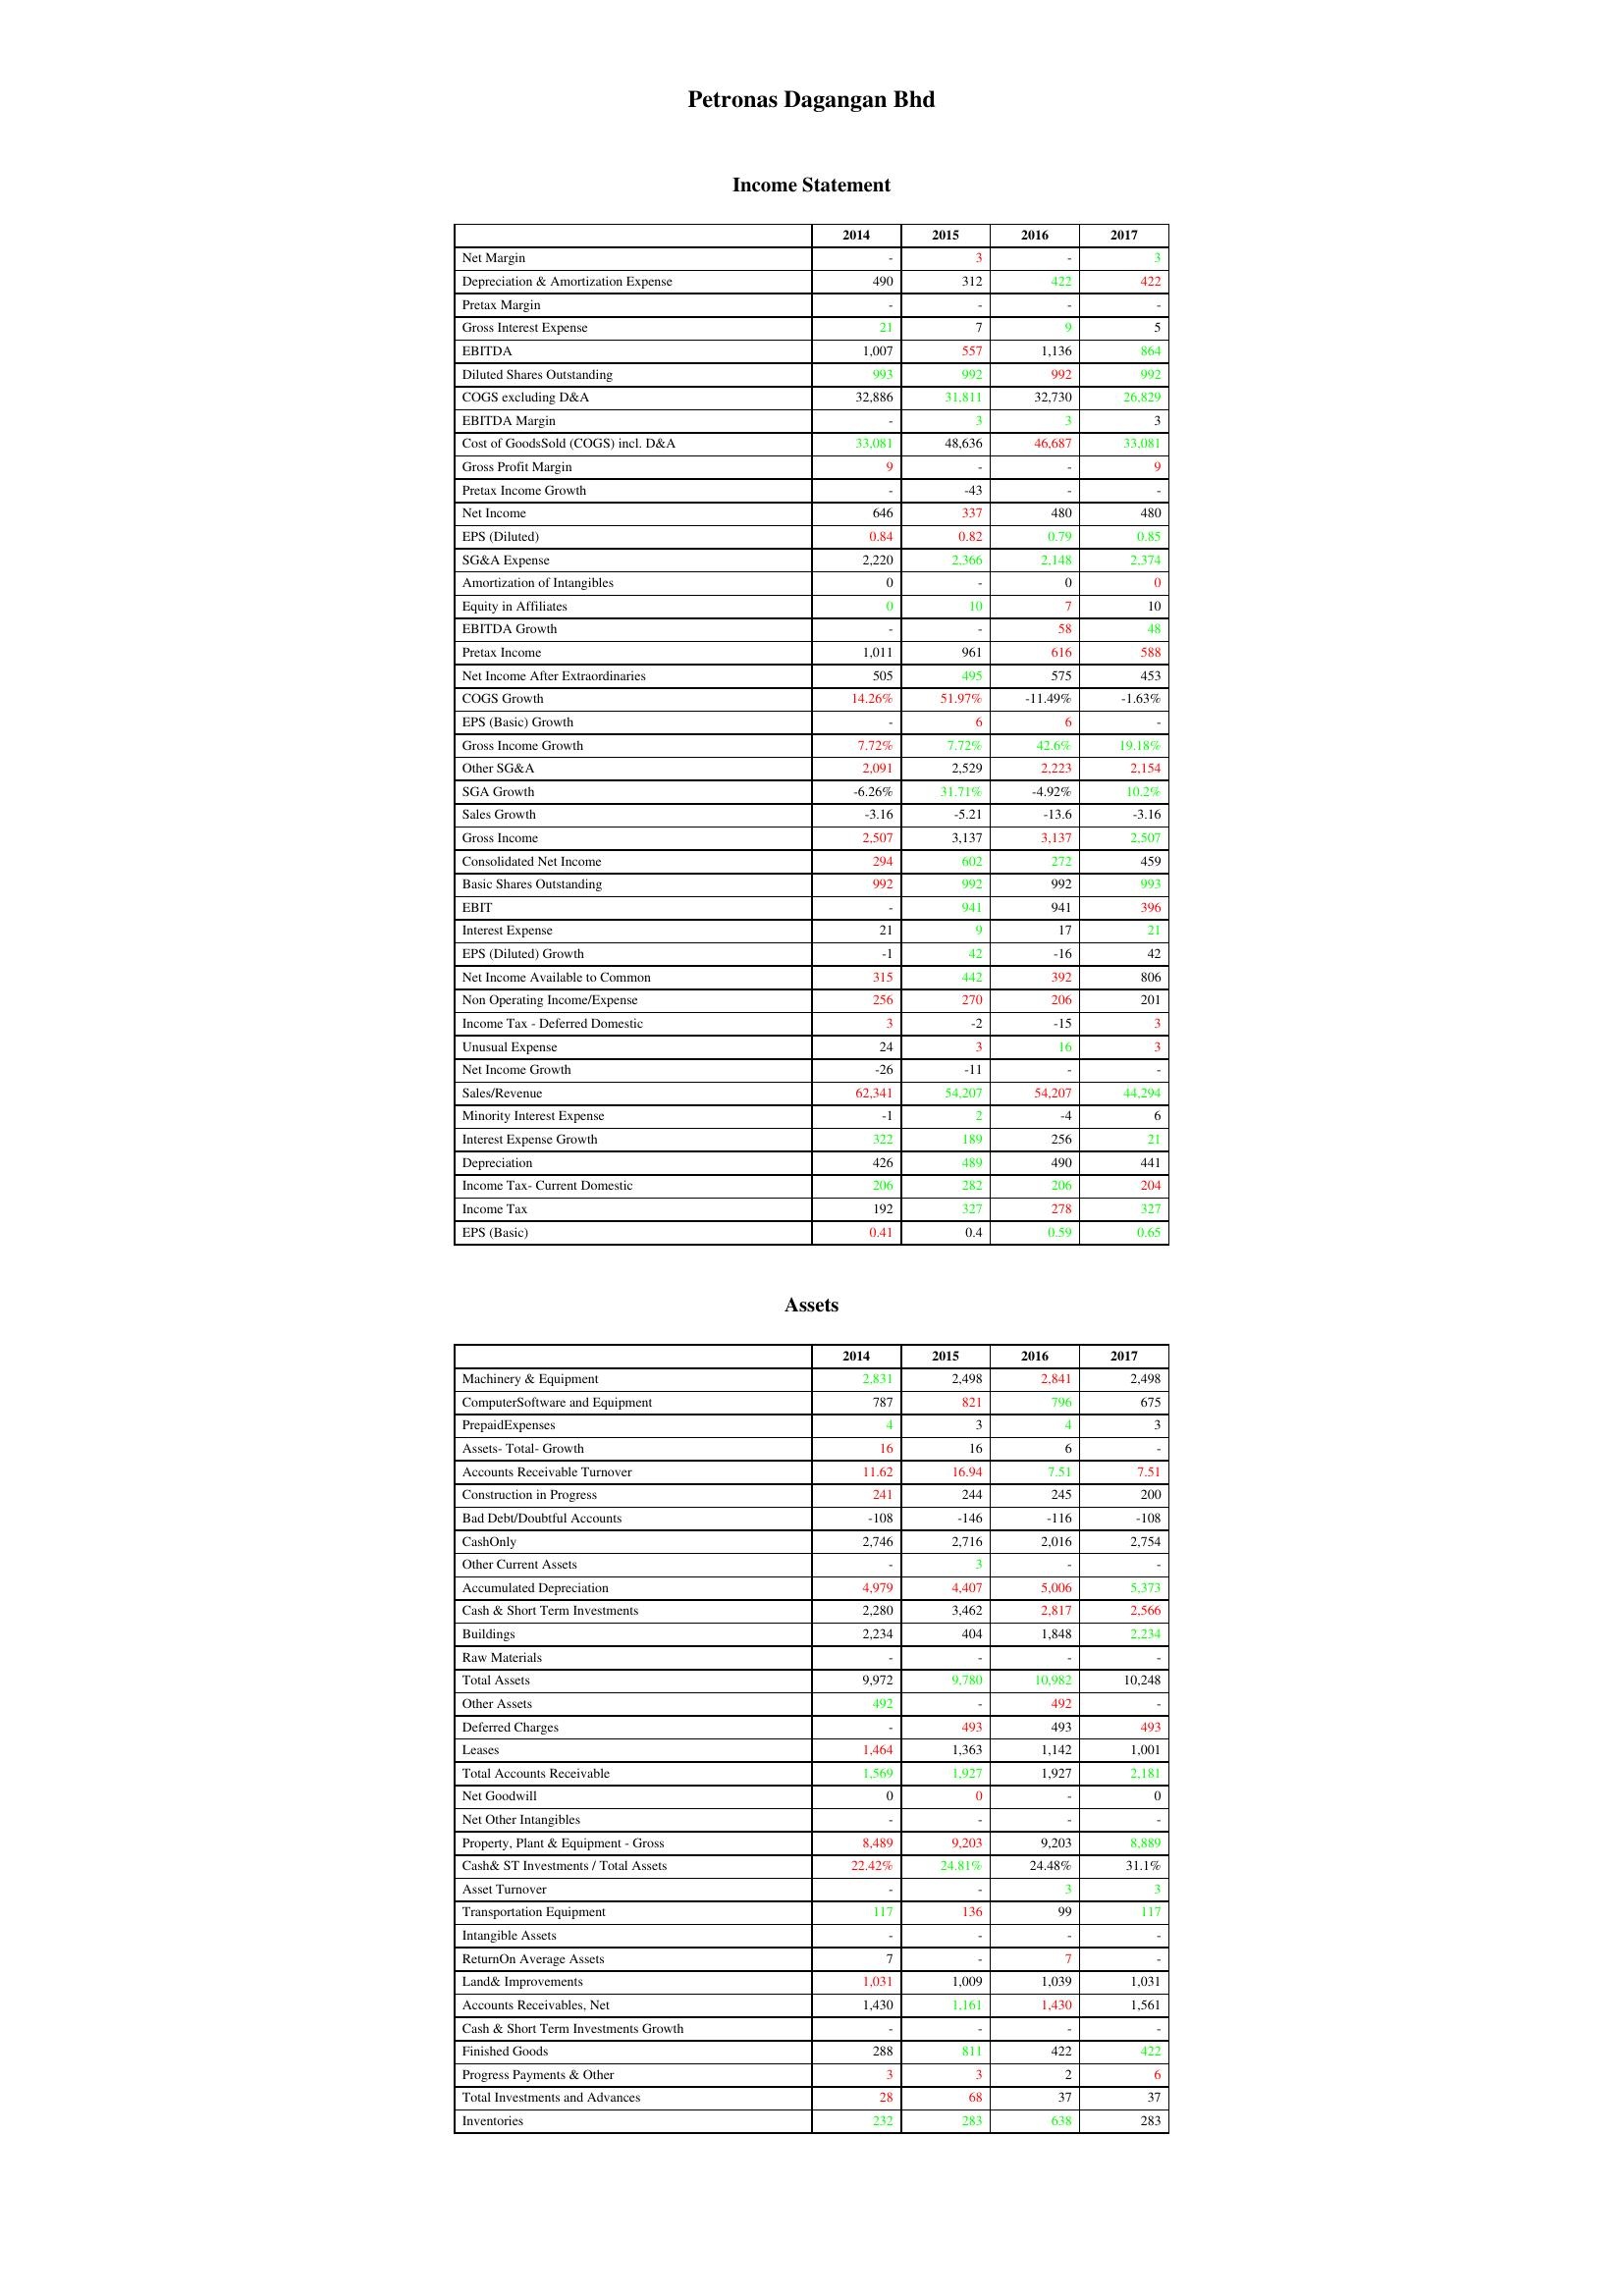
gt_parse: 2014: Income Statement: Net Margin: -
Depreciation & Amortization Expense: 490
Pretax Margin: -
Gross Interest Expense: 21
EBITDA: 1,007
Diluted Shares Outstanding: 993
COGS excluding D&A: 32,886
EBITDA Margin: -
Cost of GoodsSold (COGS) incl. D&A: 33,081
Gross Profit Margin: 9
Pretax Income Growth: -
Net Income: 646
EPS (Diluted): 0.84
SG&A Expense: 2,220
Amortization of Intangibles: 0
Equity in Affiliates: 0
EBITDA Growth: -
Pretax Income: 1,011
Net Income After Extraordinaries: 505
COGS Growth: 14.26%
EPS (Basic) Growth: -
Gross Income Growth: 7.72%
Other SG&A: 2,091
SGA Growth: -6.26%
Sales Growth: -3.16
Gross Income: 2,507
Consolidated Net Income: 294
Basic Shares Outstanding: 992
EBIT: -
Interest Expense: 21
EPS (Diluted) Growth: -1
Net Income Available to Common: 315
Non Operating Income/Expense: 256
Income Tax - Deferred Domestic: 3
Unusual Expense: 24
Net Income Growth: -26
Sales/Revenue: 62,341
Minority Interest Expense: -1
Interest Expense Growth: 322
Depreciation: 426
Income Tax- Current Domestic: 206
Income Tax: 192
EPS (Basic): 0.41
Assets: Machinery & Equipment: 2,831
ComputerSoftware and Equipment: 787
PrepaidExpenses: 4
Assets- Total- Growth: 16
Accounts Receivable Turnover: 11.62
Construction in Progress: 241
Bad Debt/Doubtful Accounts: -108
CashOnly: 2,746
Other Current Assets: -
Accumulated Depreciation: 4,979
Cash & Short Term Investments: 2,280
Buildings: 2,234
Raw Materials: -
Total Assets: 9,972
Other Assets: 492
Deferred Charges: -
Leases: 1,464
Total Accounts Receivable: 1,569
Net Goodwill: 0
Net Other Intangibles: -
Property, Plant & Equipment - Gross : 8,489
Cash& ST Investments / Total Assets: 22.42%
Asset Turnover: -
Transportation Equipment: 117
Intangible Assets: -
ReturnOn Average Assets: 7
Land& Improvements: 1,031
Accounts Receivables, Net: 1,430
Cash & Short Term Investments Growth: -
Finished Goods: 288
Progress Payments & Other: 3
Total Investments and Advances: 28
Inventories: 232
2015: Income Statement: Net Margin: 3
Depreciation & Amortization Expense: 312
Pretax Margin: -
Gross Interest Expense: 7
EBITDA: 557
Diluted Shares Outstanding: 992
COGS excluding D&A: 31,811
EBITDA Margin: 3
Cost of GoodsSold (COGS) incl. D&A: 48,636
Gross Profit Margin: -
Pretax Income Growth: -43
Net Income: 337
EPS (Diluted): 0.82
SG&A Expense: 2,366
Amortization of Intangibles: -
Equity in Affiliates: 10
EBITDA Growth: -
Pretax Income: 961
Net Income After Extraordinaries: 495
COGS Growth: 51.97%
EPS (Basic) Growth: 6
Gross Income Growth: 7.72%
Other SG&A: 2,529
SGA Growth: 31.71%
Sales Growth: -5.21
Gross Income: 3,137
Consolidated Net Income: 602
Basic Shares Outstanding: 992
EBIT: 941
Interest Expense: 9
EPS (Diluted) Growth: 42
Net Income Available to Common: 442
Non Operating Income/Expense: 270
Income Tax - Deferred Domestic: -2
Unusual Expense: 3
Net Income Growth: -11
Sales/Revenue: 54,207
Minority Interest Expense: 2
Interest Expense Growth: 189
Depreciation: 489
Income Tax- Current Domestic: 282
Income Tax: 327
EPS (Basic): 0.4
Assets: Machinery & Equipment: 2,498
ComputerSoftware and Equipment: 821
PrepaidExpenses: 3
Assets- Total- Growth: 16
Accounts Receivable Turnover: 16.94
Construction in Progress: 244
Bad Debt/Doubtful Accounts: -146
CashOnly: 2,716
Other Current Assets: 3
Accumulated Depreciation: 4,407
Cash & Short Term Investments: 3,462
Buildings: 404
Raw Materials: -
Total Assets: 9,780
Other Assets: -
Deferred Charges: 493
Leases: 1,363
Total Accounts Receivable: 1,927
Net Goodwill: 0
Net Other Intangibles: -
Property, Plant & Equipment - Gross : 9,203
Cash& ST Investments / Total Assets: 24.81%
Asset Turnover: -
Transportation Equipment: 136
Intangible Assets: -
ReturnOn Average Assets: -
Land& Improvements: 1,009
Accounts Receivables, Net: 1,161
Cash & Short Term Investments Growth: -
Finished Goods: 811
Progress Payments & Other: 3
Total Investments and Advances: 68
Inventories: 283
2016: Income Statement: Net Margin: -
Depreciation & Amortization Expense: 422
Pretax Margin: -
Gross Interest Expense: 9
EBITDA: 1,136
Diluted Shares Outstanding: 992
COGS excluding D&A: 32,730
EBITDA Margin: 3
Cost of GoodsSold (COGS) incl. D&A: 46,687
Gross Profit Margin: -
Pretax Income Growth: -
Net Income: 480
EPS (Diluted): 0.79
SG&A Expense: 2,148
Amortization of Intangibles: 0
Equity in Affiliates: 7
EBITDA Growth: 58
Pretax Income: 616
Net Income After Extraordinaries: 575
COGS Growth: -11.49%
EPS (Basic) Growth: 6
Gross Income Growth: 42.6%
Other SG&A: 2,223
SGA Growth: -4.92%
Sales Growth: -13.6
Gross Income: 3,137
Consolidated Net Income: 272
Basic Shares Outstanding: 992
EBIT: 941
Interest Expense: 17
EPS (Diluted) Growth: -16
Net Income Available to Common: 392
Non Operating Income/Expense: 206
Income Tax - Deferred Domestic: -15
Unusual Expense: 16
Net Income Growth: -
Sales/Revenue: 54,207
Minority Interest Expense: -4
Interest Expense Growth: 256
Depreciation: 490
Income Tax- Current Domestic: 206
Income Tax: 278
EPS (Basic): 0.59
Assets: Machinery & Equipment: 2,841
ComputerSoftware and Equipment: 796
PrepaidExpenses: 4
Assets- Total- Growth: 6
Accounts Receivable Turnover: 7.51
Construction in Progress: 245
Bad Debt/Doubtful Accounts: -116
CashOnly: 2,016
Other Current Assets: -
Accumulated Depreciation: 5,006
Cash & Short Term Investments: 2,817
Buildings: 1,848
Raw Materials: -
Total Assets: 10,982
Other Assets: 492
Deferred Charges: 493
Leases: 1,142
Total Accounts Receivable: 1,927
Net Goodwill: -
Net Other Intangibles: -
Property, Plant & Equipment - Gross : 9,203
Cash& ST Investments / Total Assets: 24.48%
Asset Turnover: 3
Transportation Equipment: 99
Intangible Assets: -
ReturnOn Average Assets: 7
Land& Improvements: 1,039
Accounts Receivables, Net: 1,430
Cash & Short Term Investments Growth: -
Finished Goods: 422
Progress Payments & Other: 2
Total Investments and Advances: 37
Inventories: 638
2017: Income Statement: Net Margin: 3
Depreciation & Amortization Expense: 422
Pretax Margin: -
Gross Interest Expense: 5
EBITDA: 864
Diluted Shares Outstanding: 992
COGS excluding D&A: 26,829
EBITDA Margin: 3
Cost of GoodsSold (COGS) incl. D&A: 33,081
Gross Profit Margin: 9
Pretax Income Growth: -
Net Income: 480
EPS (Diluted): 0.85
SG&A Expense: 2,374
Amortization of Intangibles: 0
Equity in Affiliates: 10
EBITDA Growth: 48
Pretax Income: 588
Net Income After Extraordinaries: 453
COGS Growth: -1.63%
EPS (Basic) Growth: -
Gross Income Growth: 19.18%
Other SG&A: 2,154
SGA Growth: 10.2%
Sales Growth: -3.16
Gross Income: 2,507
Consolidated Net Income: 459
Basic Shares Outstanding: 993
EBIT: 396
Interest Expense: 21
EPS (Diluted) Growth: 42
Net Income Available to Common: 806
Non Operating Income/Expense: 201
Income Tax - Deferred Domestic: 3
Unusual Expense: 3
Net Income Growth: -
Sales/Revenue: 44,294
Minority Interest Expense: 6
Interest Expense Growth: 21
Depreciation: 441
Income Tax- Current Domestic: 204
Income Tax: 327
EPS (Basic): 0.65
Assets: Machinery & Equipment: 2,498
ComputerSoftware and Equipment: 675
PrepaidExpenses: 3
Assets- Total- Growth: -
Accounts Receivable Turnover: 7.51
Construction in Progress: 200
Bad Debt/Doubtful Accounts: -108
CashOnly: 2,754
Other Current Assets: -
Accumulated Depreciation: 5,373
Cash & Short Term Investments: 2,566
Buildings: 2,234
Raw Materials: -
Total Assets: 10,248
Other Assets: -
Deferred Charges: 493
Leases: 1,001
Total Accounts Receivable: 2,181
Net Goodwill: 0
Net Other Intangibles: -
Property, Plant & Equipment - Gross : 8,889
Cash& ST Investments / Total Assets: 31.1%
Asset Turnover: 3
Transportation Equipment: 117
Intangible Assets: -
ReturnOn Average Assets: -
Land& Improvements: 1,031
Accounts Receivables, Net: 1,561
Cash & Short Term Investments Growth: -
Finished Goods: 422
Progress Payments & Other: 6
Total Investments and Advances: 37
Inventories: 283